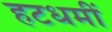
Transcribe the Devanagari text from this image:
हटधमीं